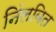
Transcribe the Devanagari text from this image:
निंलबित